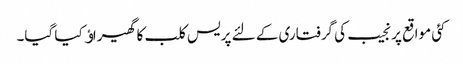
کئی مواقع پر نجیب کی گرفتاری کے لئے پریس کلب کا گھیراﺅ کیا گیا۔